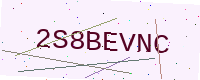
Text: 2S8BEVNC